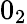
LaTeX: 0_{2}